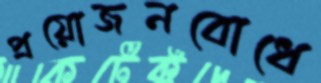
প্রয়োজনবোধে